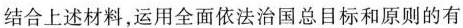
结合上述材料，运用全面依法治国总目标和原则的有